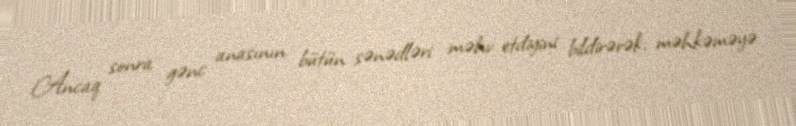
Ancaq sonra gənc anasının bütün sənədləri məhv etdiyini bildirərək, məhkəməyə